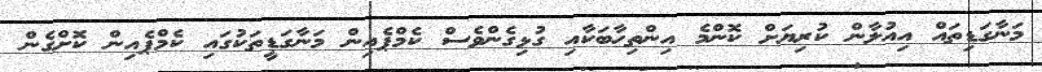
މަނާގަޑިތައް އިއުލާން ކުރިޔަށް ކޮންމެ އިންތިހާބަކާއި ގުޅިގެންވެސް ކެމްޕެއިން މަނާގަޑީތަކުގައި ކެމްޕެއިން ކޮށްގެން